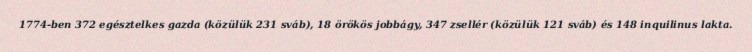
1774-ben 372 egésztelkes gazda (közülük 231 sváb), 18 örökös jobbágy, 347 zsellér (közülük 121 sváb) és 148 inquilinus lakta.